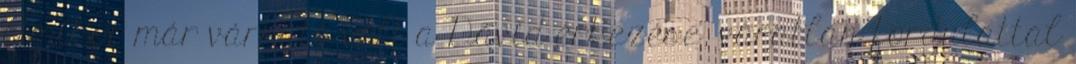
Amikor már várható volt a Dávid érkezése, váratlan fordulattal